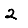
Digit: 2